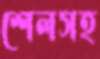
শেলসহ